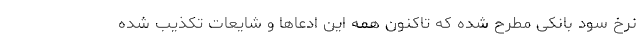
نرخ سود بانکی مطرح شده که تاکنون همه این ادعاها و شایعات تکذیب شده